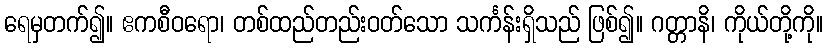
ရေမှတက်၍။ ဧကစီဝရော၊ တစ်ထည်တည်းဝတ်သော သင်္ကန်းရှိသည် ဖြစ်၍။ ဂတ္တာနိ၊ ကိုယ်တို့ကို။